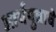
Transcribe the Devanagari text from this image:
आर्यपुत्राचे